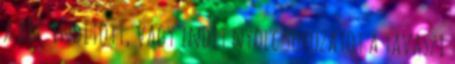
a BBC indított, vagy indít nyolc sorozatot a tavaszi